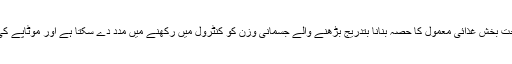
انہوں نے بتایاکہ گریوں کو صحت بخش غذائی معمول کا حصہ بنانا بتدریج بڑھنے والے جسمانی وزن کو کنٹرول میں رکھنے میں مدد دے سکتا ہے اور موٹاپے کی روک تھام ممکن ہو جاتی ہے۔